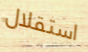
استقلال